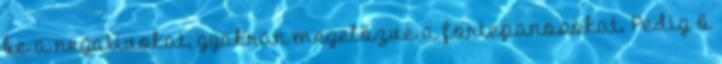
be a negatívokat, gyakran megelőzve a fortepanosokat. Pedig ő